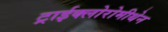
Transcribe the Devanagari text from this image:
ट्राईक्लोरोमीथेन